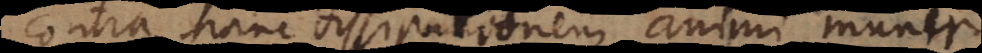
contra hanc dissipationem animi munire